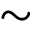
\sim